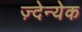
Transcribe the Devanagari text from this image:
ज़्देन्येक